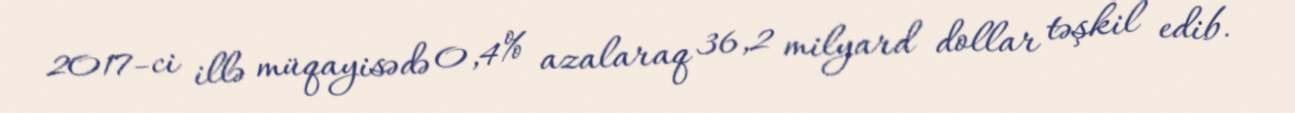
2017-ci illə müqayisədə 0,4% azalaraq 36,2 milyard dollar təşkil edib.